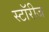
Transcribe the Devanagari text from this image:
स्टॉरीज